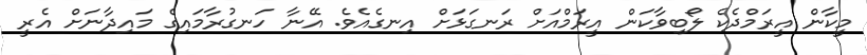
މީކާން އީރަމްދެކެ ލޯބިވާކަން އީރަމްއަށް ރަނގަޅަށް އިނގެއެވެ. އޭނާ ހަނގުރާމައިގެ މައިދާނަށް އެރީ